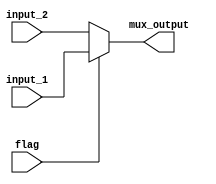
module Mux_32(input_1, input_2, flag, mux_output);
	input [31:0] input_1, input_2;
	input flag;
	output reg [31:0] mux_output;
	
	always @ (*) begin
		if (flag) begin 
			mux_output <= input_1;
		end
		else begin
			mux_output <= input_2;
		end
	end 
endmodule